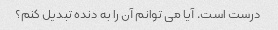
درست است. آیا می توانم آن را به دنده تبدیل کنم؟